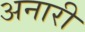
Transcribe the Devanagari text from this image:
अनारी